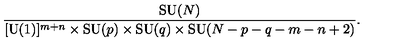
{ \frac { \mathrm { S U } ( N ) } { [ \mathrm { U } ( 1 ) ] ^ { m + n } \times \mathrm { S U } ( p ) \times \mathrm { S U } ( q ) \times \mathrm { S U } ( N - p - q - m - n + 2 ) } } .